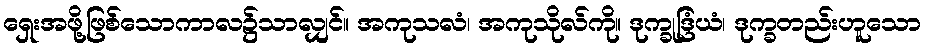
ရှေးအဖို့ဖြစ်သောကာလ၌သာလျှင်။ အကုသလံ၊ အကုသိုလ်ကို။ ဒုက္ခုဒြံယံ၊ ဒုက္ခတည်းဟူသော